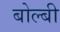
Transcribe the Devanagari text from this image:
बोल्बी